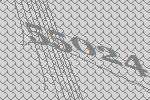
55024